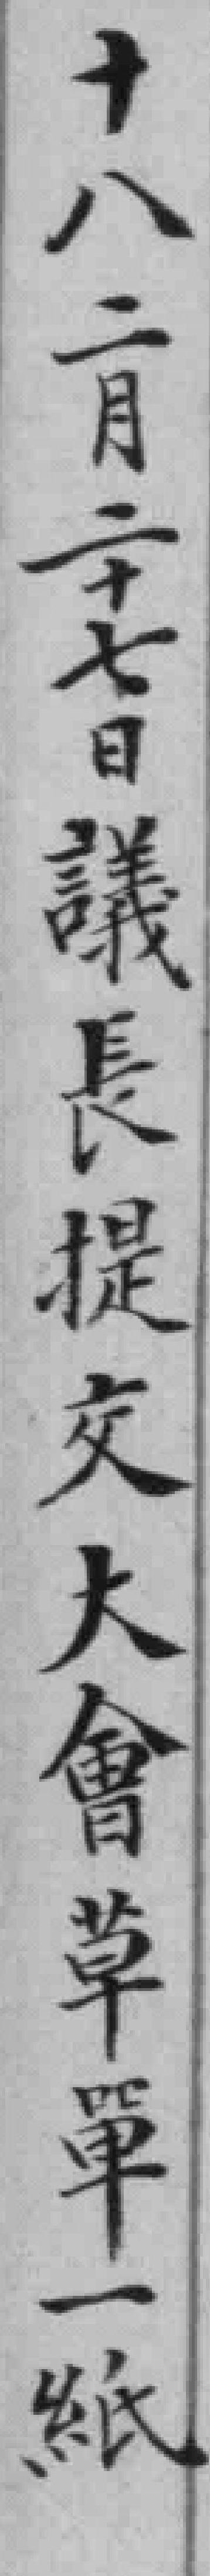
十八二七日議長提交大會草單一紙